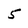
Character: 5